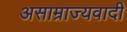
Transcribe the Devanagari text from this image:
असाम्राज्यवादी